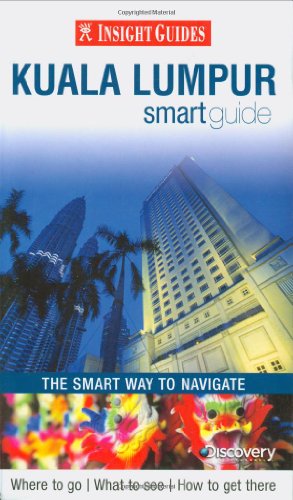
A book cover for Insight Guides: Kuala Lumpur Smart Guide (Insight Smart Guide); Travel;